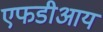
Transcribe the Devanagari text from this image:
एफडीआय